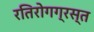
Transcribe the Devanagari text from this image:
रतिरोगग्रस्त